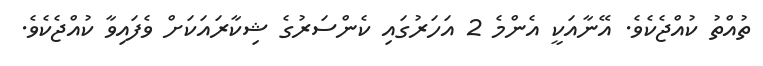
ތުއްތު ކުއްޖެކެވެ. އޭނާއަކީ އެންމެ 2 އަހަރުގައި ކެންސަރުގެ ޝިކާރައަކަށް ވެފައިވާ ކުއްޖެކެވެ.